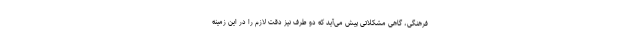
فرهنگی، گاهی مشکلاتی پیش می‌آید که دو طرف نیز دقت لازم را در این زمینه